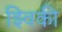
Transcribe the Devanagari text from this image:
झ्विकी